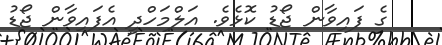
ގެ ފައިވާން ޖޯޑު ކޮޅެވެ. އަލްމަހްދީ އެފައިވާން ޖޯޑު